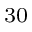
_ { 3 0 }